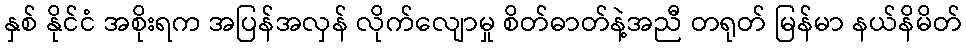
နှစ် နိုင်ငံ အစိုးရက အပြန်အလှန် လိုက်လျောမှု စိတ်ဓာတ်နဲ့အညီ တရုတ် မြန်မာ နယ်နိမိတ်